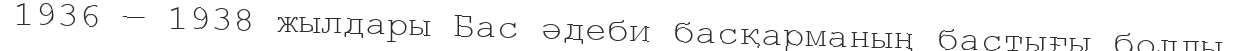
1936 — 1938 жылдары Бас әдеби басқарманың бастығы болды.